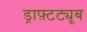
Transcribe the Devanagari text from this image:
ड्राफ़्टट्यूब